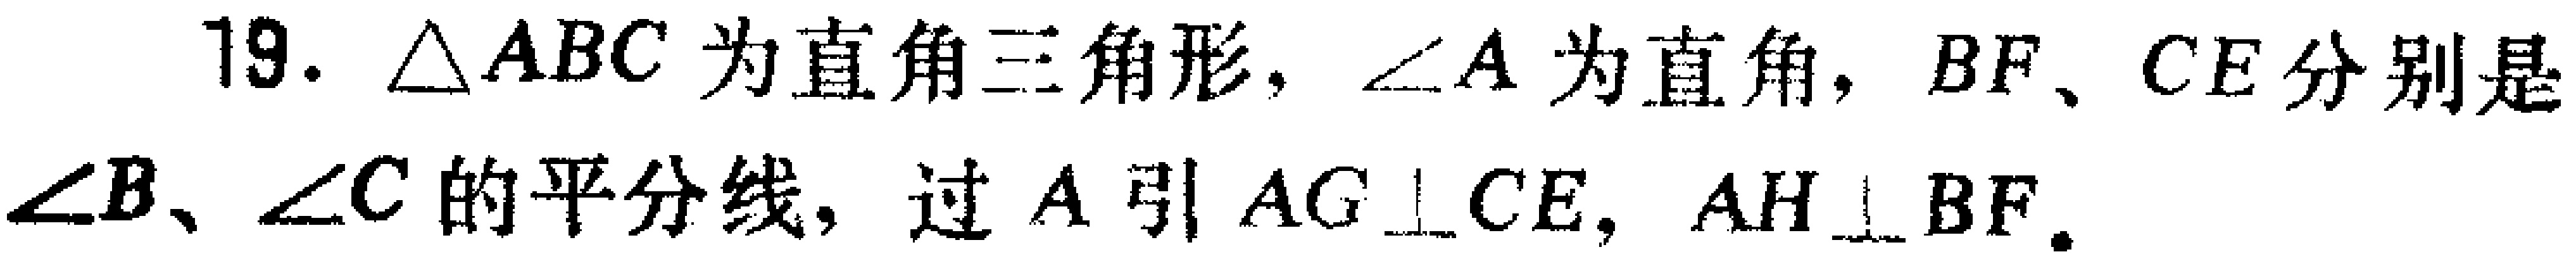
19. $\triangle ABC$为直角三角形，$\angle A$为直角，$BF$、$CE$分别是$\angle B$、$\angle C$的平分线，过$A$引$AG\perp CE$，$AH\perp BF$。